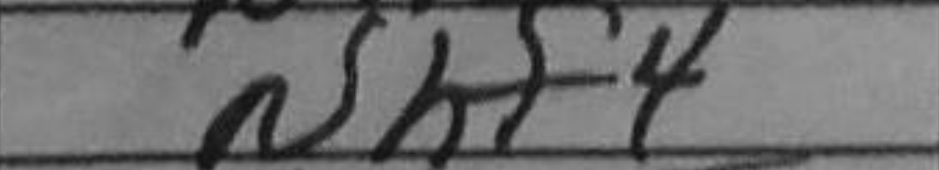
Transcription: Nhf4